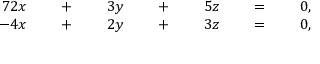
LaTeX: \begin{array} { r l r l r l r l r l r l r } { { 7 } 2 x } & { { } } & { \; + \; } & { { } } & { 3 y } & { { } } & { \; + \; } & { { } } & { 5 z } & { { } } & { \; = \; } & { { } } & { 0 , } \\ { - 4 x } & { { } } & { \; + \; } & { { } } & { 2 y } & { { } } & { \; + \; } & { { } } & { 3 z } & { { } } & { \; = \; } & { { } } & { 0 , } \end{array}